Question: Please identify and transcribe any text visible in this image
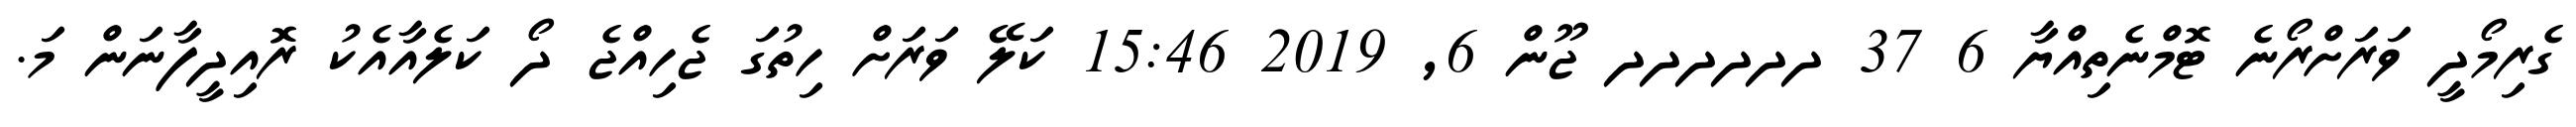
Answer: ގެރިމޯދީ ވަރަށްރޯނެ ޓޮމްނެތިއްޔާ 6 37 ދދދދދދ ޖޫން 6, 2019 15:46 ކަލޭ ވަރަށް ހިތުގަ ޖެހިއްޖެ ދޯ ކަލެއާއެކު ރޮއިދީފާނަން މަ.